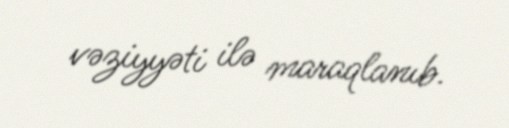
vəziyyəti ilə maraqlanıb.